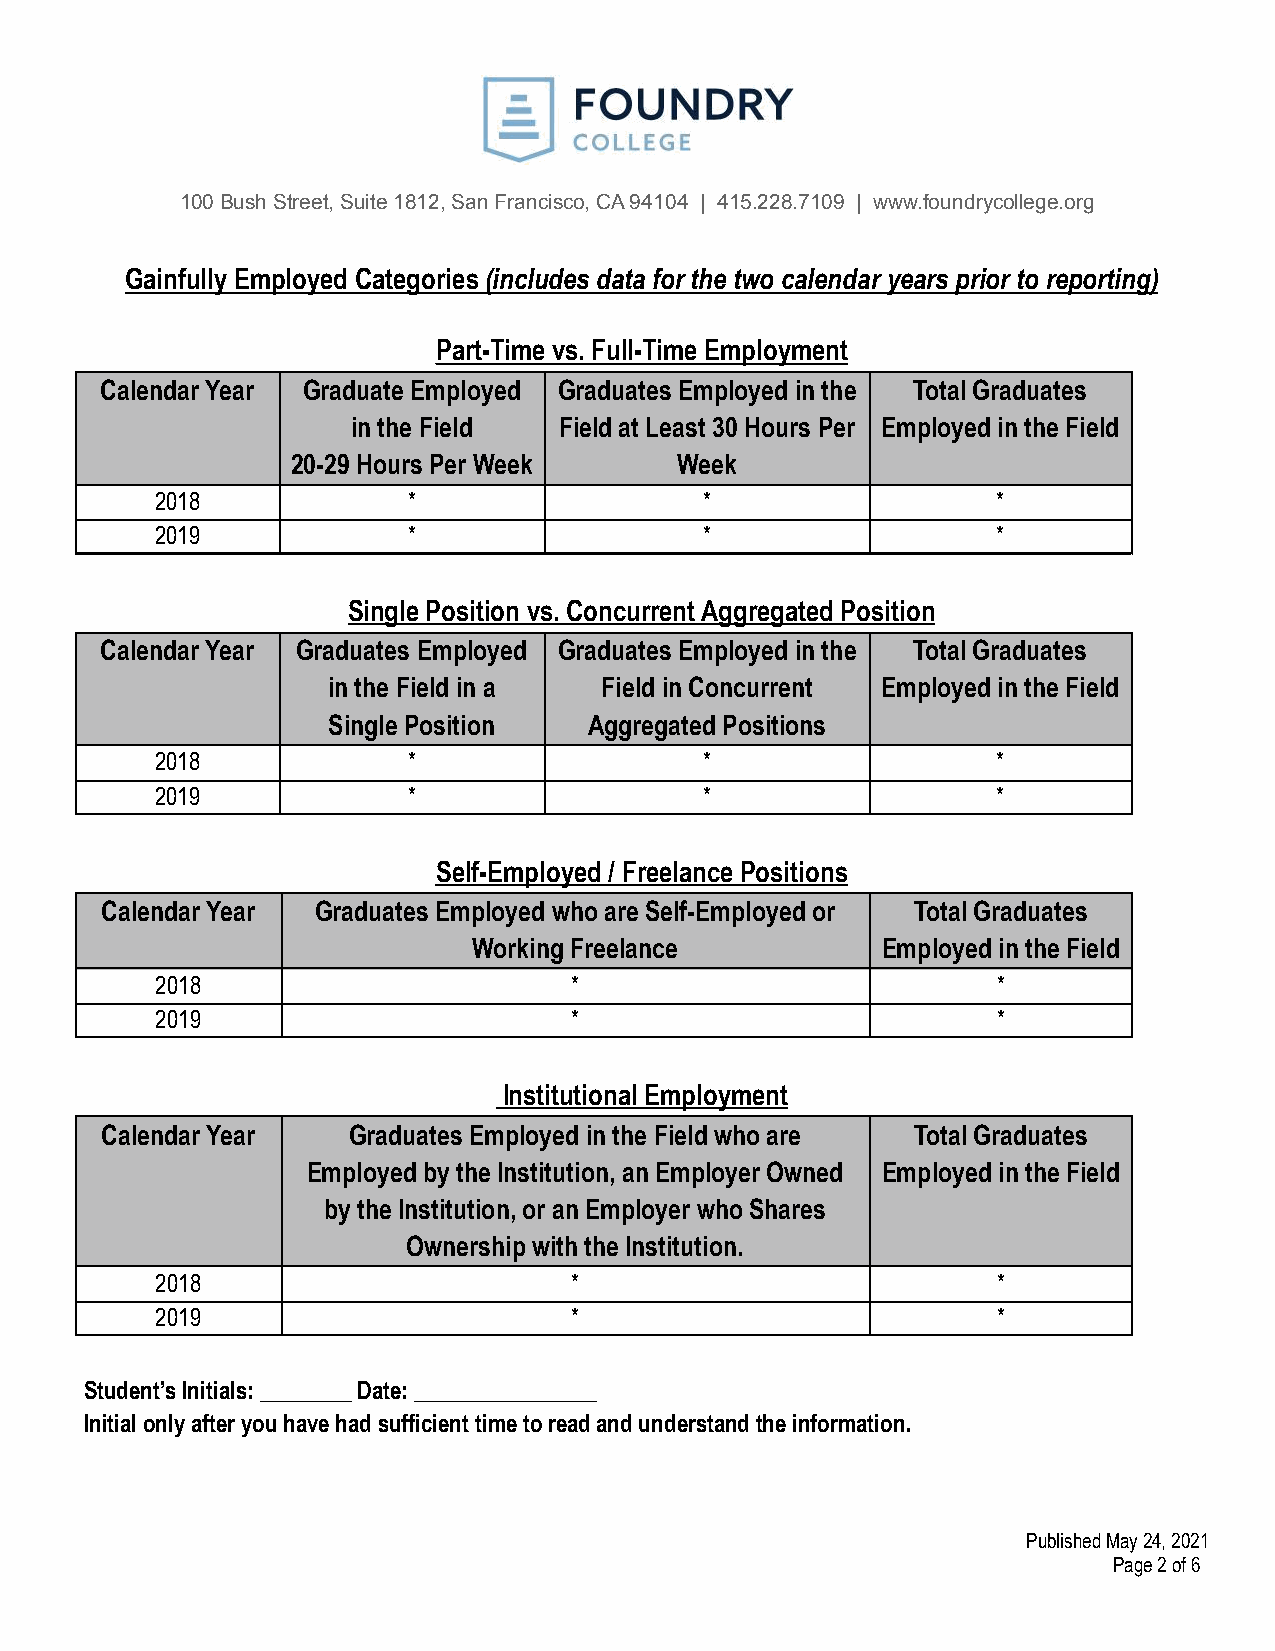
100 Bush Street, Suite 1812, San Francisco, CA 94104 | 415.228.7109 | www.foundrycollege.org
 Gainfully Employed Categories (includes data for the two calendar years prior to reporting)
 Part-Time vs. Full-Time Employment
 Calendar Year Graduate Employed Graduates Employed in the Total Graduates
 in the Field  Field at Least 30 Hours Per Employed in the Field
 20-29 Hours Per Week      Week
 2018             *                   *                  *
 2019             *                   *                  *
 Single Position vs. Concurrent Aggregated Position
 Calendar Year Graduates Employed Graduates Employed in the Total Graduates
 in the Field in a Field in Concurrent Employed in the Field
 Single Position  Aggregated Positions
 2018             *                   *                  *
 2019             *                   *                  *
 Self-Employed / Freelance Positions
 Calendar Year Graduates Employed who are Self-Employed or Total Graduates
 Working Freelance          Employed in the Field
 2018                        *                           *
 2019                        *                           *
 Institutional Employment
 Calendar Year   Graduates Employed in the Field who are Total Graduates
 Employed by the Institution, an Employer Owned Employed in the Field
 by the Institution, or an Employer who Shares
 Ownership with the Institution.
 2018                        *                           *
 2019                        *                           *
 Student’s Initials: ________ Date: ________________
 Initial only after you have had sufficient time toread and understand the information.
 Published May 24, 2021
 Page2of6